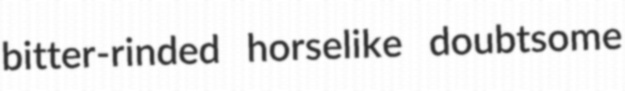
bitter-rinded horselike doubtsome